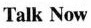
Talk Now